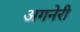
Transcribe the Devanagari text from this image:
अगनेरी